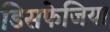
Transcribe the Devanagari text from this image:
डिसफेजिया